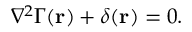
\nabla ^ { 2 } \Gamma ( \mathbf { r } ) + \delta ( \mathbf { r } ) = 0 .